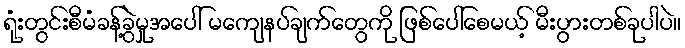
ရုံးတွင်းစီမံခန့်ခွဲမှုအပေါ် မကျေနပ်ချက်တွေကို ဖြစ်ပေါ်စေမယ့် မီးပွားတစ်ခုပါပဲ။